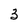
Character: 3